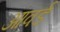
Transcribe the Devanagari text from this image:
आवर्ड